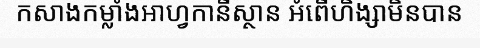
កសាងកម្លាំងអាហ្វកានីស្ថាន អំពើហិង្សាមិនបាន